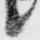
候